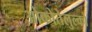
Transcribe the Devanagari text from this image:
ओकोतेलुल्को